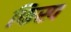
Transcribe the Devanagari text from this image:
फिस्प